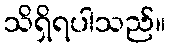
သိရှိရပါသည်။